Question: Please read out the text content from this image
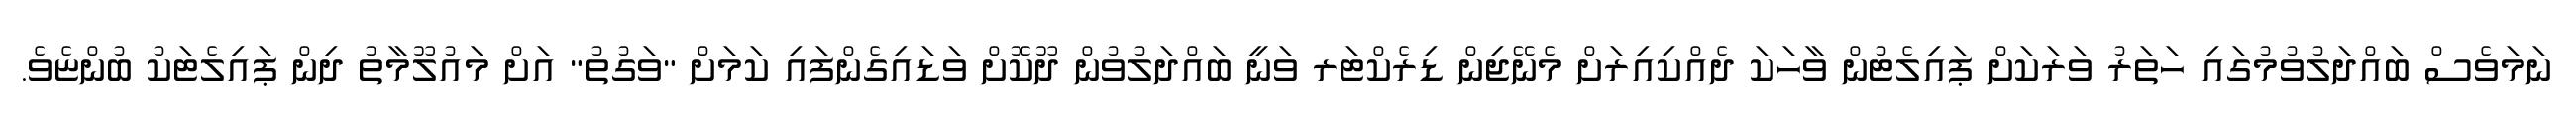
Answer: ނަމަވެސް ބައްދަލުވުމުގައި ހަތަރު ވަރަކަށް ޕައިލެޓުން ވާހަކަ ދެއްކިއިރަށް މެނޭޖިން ޑިރެކްޓަރ ވަނީ ބައްދަލުވުން ދޫކޮށް ވަޑައިގެންފައި ކަމަށް "ވަގުތު" އަށް މައުލޫމާތު ދިން ޕައިލެޓަކު ބުންޏެވެ.